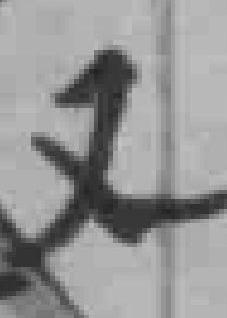
又